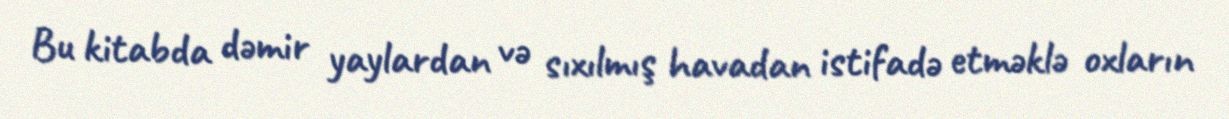
Bu kitabda dəmir yaylardan və sıxılmış havadan istifadə etməklə oxların